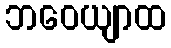
ဘဝေယျာထ